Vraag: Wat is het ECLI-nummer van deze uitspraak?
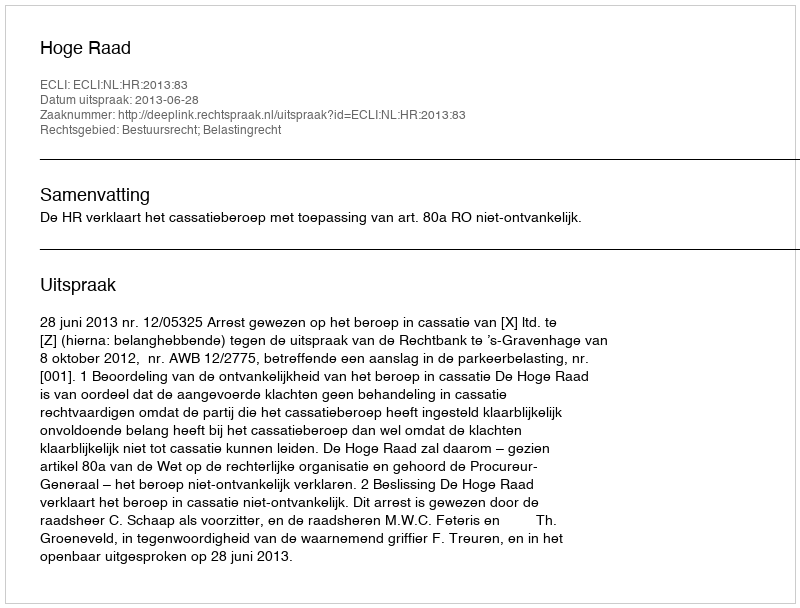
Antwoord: ECLI:NL:HR:2013:83